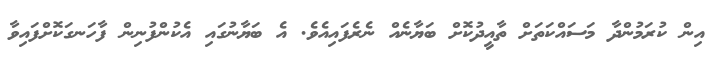
އިން ކުރަމުންދާ މަސައްކަތަށް ތާއީދުކޮށް ބަޔާނެއް ނެރެފައިއެވެ. އެ ބަޔާނުގައި އެކުންފުނިން ފާހަނގަކޮށްފައިވާ